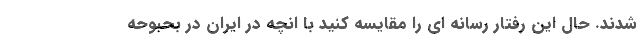
شدند. حال این رفتار رسانه ای را مقایسه کنید با انچه در ایران در بحبوحه